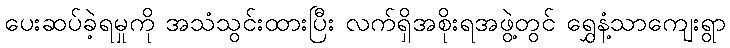
ပေးဆပ်ခဲ့ရမှုကို အသံသွင်းထားပြီး လက်ရှိအစိုးရအဖွဲ့တွင် ရွှေနံ့သာကျေးရွာ